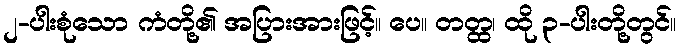
၂-ပါးစုံသော ကံတို့၏ အပြားအားဖြင့်။ ပေ။ တတ္ထ၊ ထို ၃-ပါးတို့တွင်။